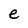
Character: e